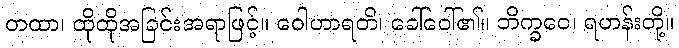
တထာ၊ ထိုထိုအခြင်းအရာဖြင့်။ ဝေါဟာရတိ၊ ခေါ်ဝေါ်၏။ ဘိက္ခဝေ၊ ရဟန်းတို့။